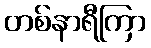
တစ်နာရီကြာ